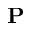
\mathbf P